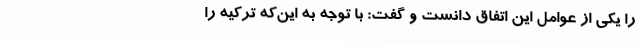
را یکی از عوامل این اتفاق دانست و گفت: با توجه به این‌که ترکیه را